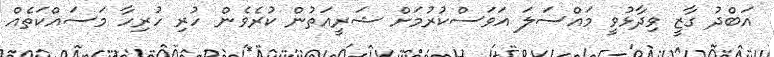
އަބްދު ގާޒީ ވިދާޅުވީ މައްސަލަ އަވަސްކުރުމަށް ޝަރީއަތުން ކުރެވެން ހުރި ހުރިހާ މަސައްކަތެއް